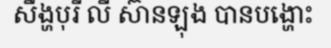
សឹង្ហបុរី លី ស៊ានឡុង បានបង្ហោះ